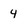
Character: 4